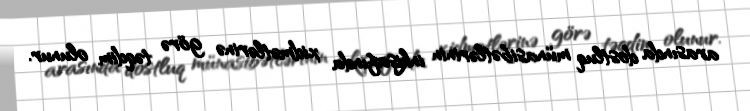
arasında dostluq münasibətlərinin inkişafında xidmətlərinə görə təqdim olunur.